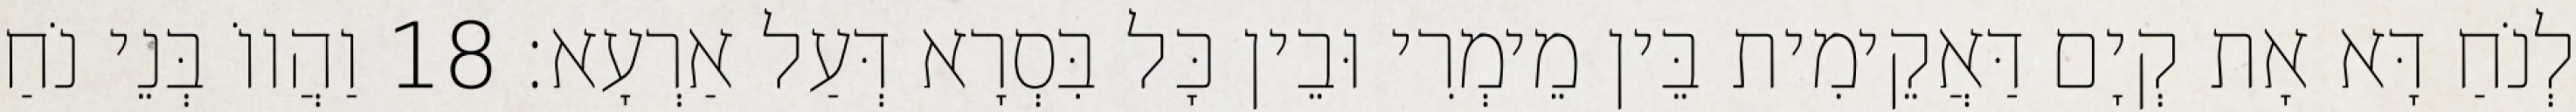
לְנֹחַ דָּא אָת קְיָם דַּאֲקֵימִית בֵּין מֵימְרִי וּבֵין כָּל בִּסְרָא דְּעַל אַרְעָא׃ 18 וַהֲווֹ בְּנֵי נֹחַ